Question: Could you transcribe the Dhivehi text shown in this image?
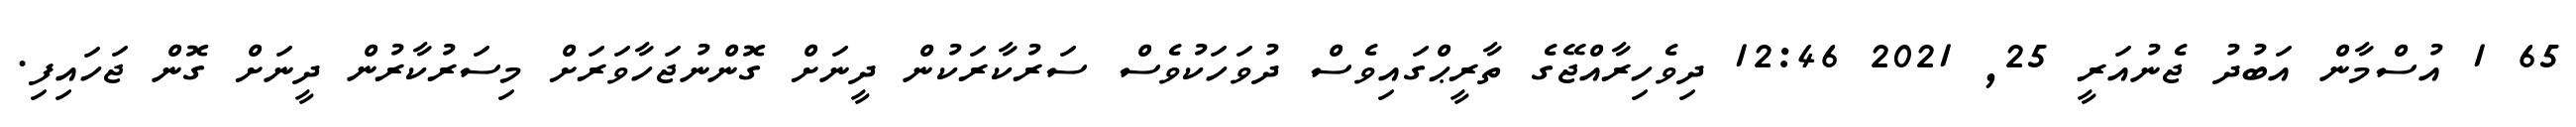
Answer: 65 1 އުސްމާން އަބުދު ޖެނުއަރީ 25, 2021 12:46 ދިވެހިރާއްޖޭގެ ތާރީޙްގައިވެސް ދުވަހަކުވެސް ސަރުކާރަކުން ދީނަށް ގޮންނުޖަހާވަރަށް މިސަރުކާރުން ދީނަށް ގޮން ޖަހައިފި.